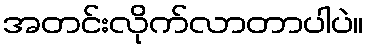
အတင်းလိုက်လာတာပါပဲ။